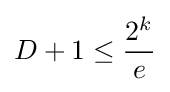
D+1\leq {\frac {2^{k}}{e}}